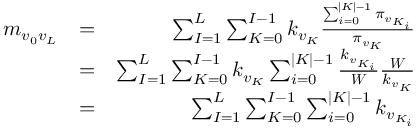
\begin{array} { r l r } { m _ { v _ { 0 } v _ { L } } } & { = } & { \sum _ { I = 1 } ^ { L } \sum _ { K = 0 } ^ { I - 1 } k _ { v _ { K } } \frac { \sum _ { i = 0 } ^ { | K | - 1 } \pi _ { v _ { K _ { i } } } } { \pi _ { v _ { K } } } } \\ & { = } & { \sum _ { I = 1 } ^ { L } \sum _ { K = 0 } ^ { I - 1 } k _ { v _ { K } } \sum _ { i = 0 } ^ { | K | - 1 } \frac { k _ { v _ { K _ { i } } } } { \boldsymbol { W } } \frac { \boldsymbol { W } } { k _ { v _ { K } } } } \\ & { = } & { \sum _ { I = 1 } ^ { L } \sum _ { K = 0 } ^ { I - 1 } \sum _ { i = 0 } ^ { | K | - 1 } k _ { v _ { K _ { i } } } } \end{array}